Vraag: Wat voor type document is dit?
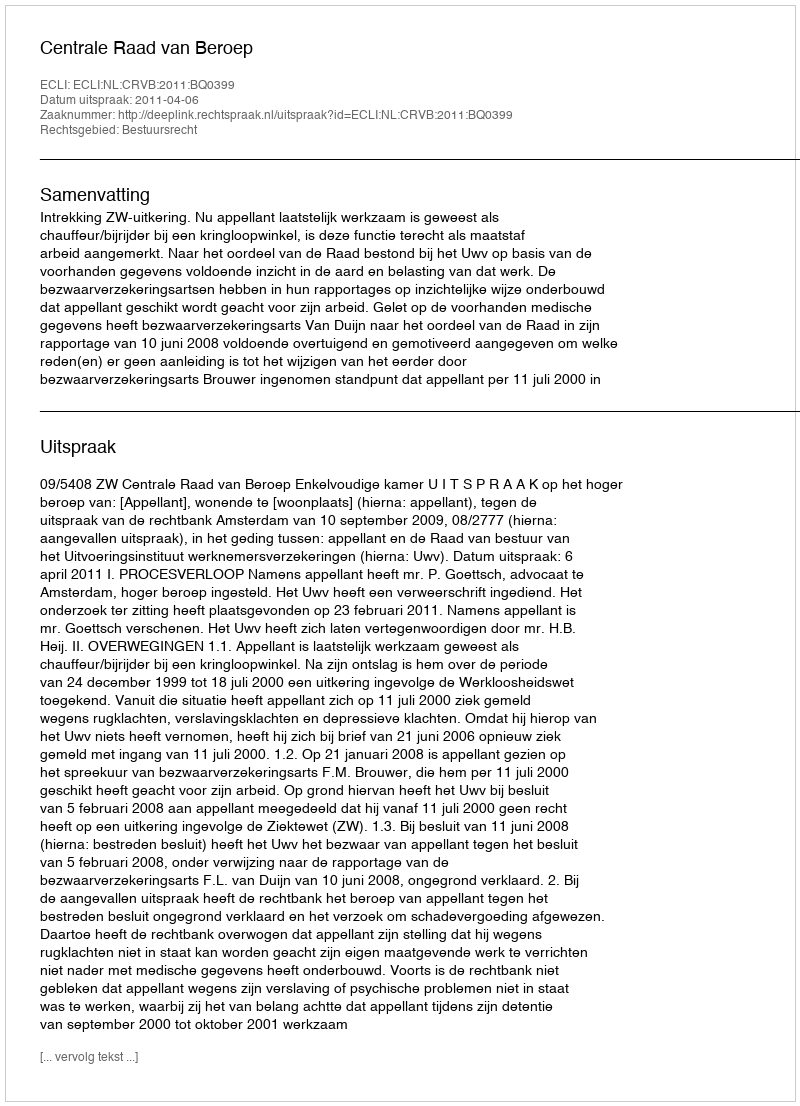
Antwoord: Uitspraak